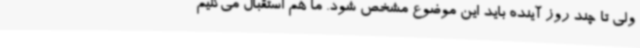
ولی تا چند روز آینده باید این موضوع مشخص شود. ما هم استقبال می‌کنیم